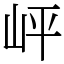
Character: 岼